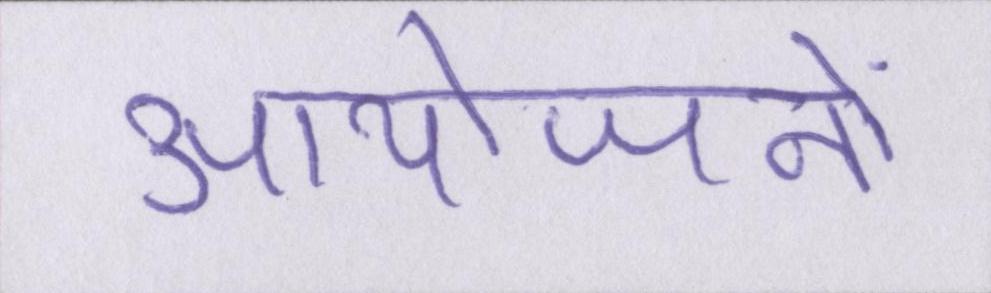
आयोजनों